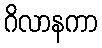
ဂိလာနကာ